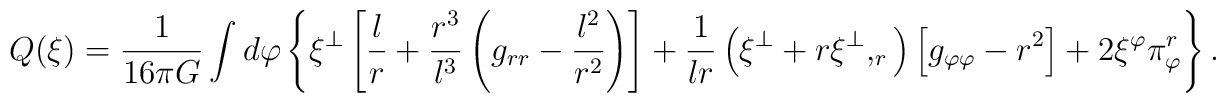
Q(\xi )=\frac{1}{16\pi G}\int d\varphi \left\{ \xi ^{\perp }\left[ \frac{l}{r}+\frac{r^{3}}{l^{3}}\left( g_{rr}-\frac{l^{2}}{r^{2}}\right) \right]   + \frac{ 1}{lr}\left( \xi ^{\perp }+r\xi ^{\perp },_{r}\right) \left[ g_{\varphi \varphi}-r^{2}\right] +2\xi ^{\varphi }\pi _{\varphi }^{r}\right\} .